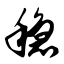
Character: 稳